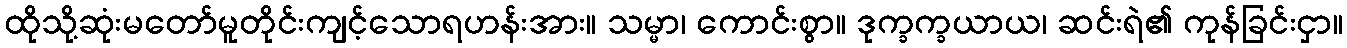
ထိုသို့ဆုံးမတော်မူတိုင်းကျင့်သောရဟန်းအား။ သမ္မာ၊ ကောင်းစွာ။ ဒုက္ခက္ခယာယ၊ ဆင်းရဲ၏ ကုန်ခြင်းငှာ။